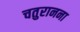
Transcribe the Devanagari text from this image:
चतुरानना